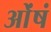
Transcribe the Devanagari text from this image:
ओंषं